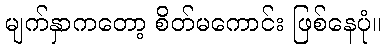
မျက်နှာကတော့ စိတ်မကောင်း ဖြစ်နေပုံ။